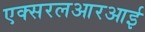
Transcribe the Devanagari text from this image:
एक्सरलआरआर्इ